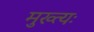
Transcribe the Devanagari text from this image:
मुख्त्यः